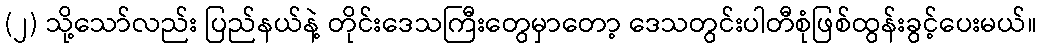
(၂) သို့သော်လည်း ပြည်နယ်နဲ့ တိုင်းဒေသကြီးတွေမှာတော့ ဒေသတွင်းပါတီစုံဖြစ်ထွန်းခွင့်ပေးမယ်။